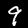
Digit: 9